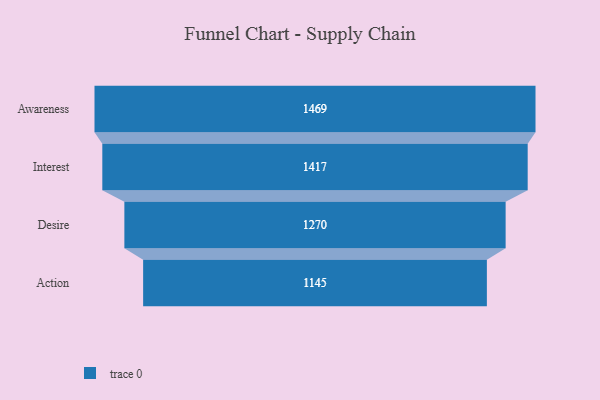
{"axis": {"x": "Stage", "y": "Value"}, "legend": [""], "data": [{"x": "Awareness", "y": 1469.0, "type": ""}, {"x": "Interest", "y": 1417.0, "type": ""}, {"x": "Desire", "y": 1270.0, "type": ""}, {"x": "Action", "y": 1145.0, "type": ""}]}